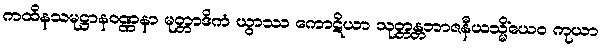
ကထိနသမုဋ္ဌာနဝဏ္ဏနာ မုတ္တာဒိကံ ယွာဿ ကောဋိယာ သုတ္တန္တဘာဇနီယသ္မိံယေဝ ကုယာ